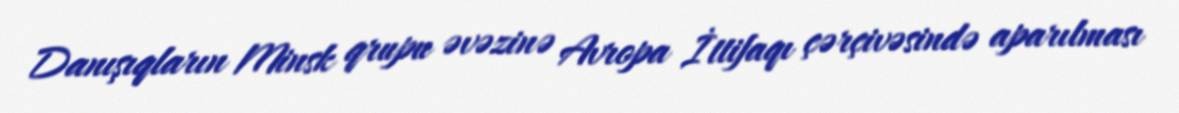
Danışıqların Minsk qrupu əvəzinə Avropa İttifaqı çərçivəsində aparılması